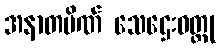
အနာတပိဏ် သေဌေးဝတ္ထု